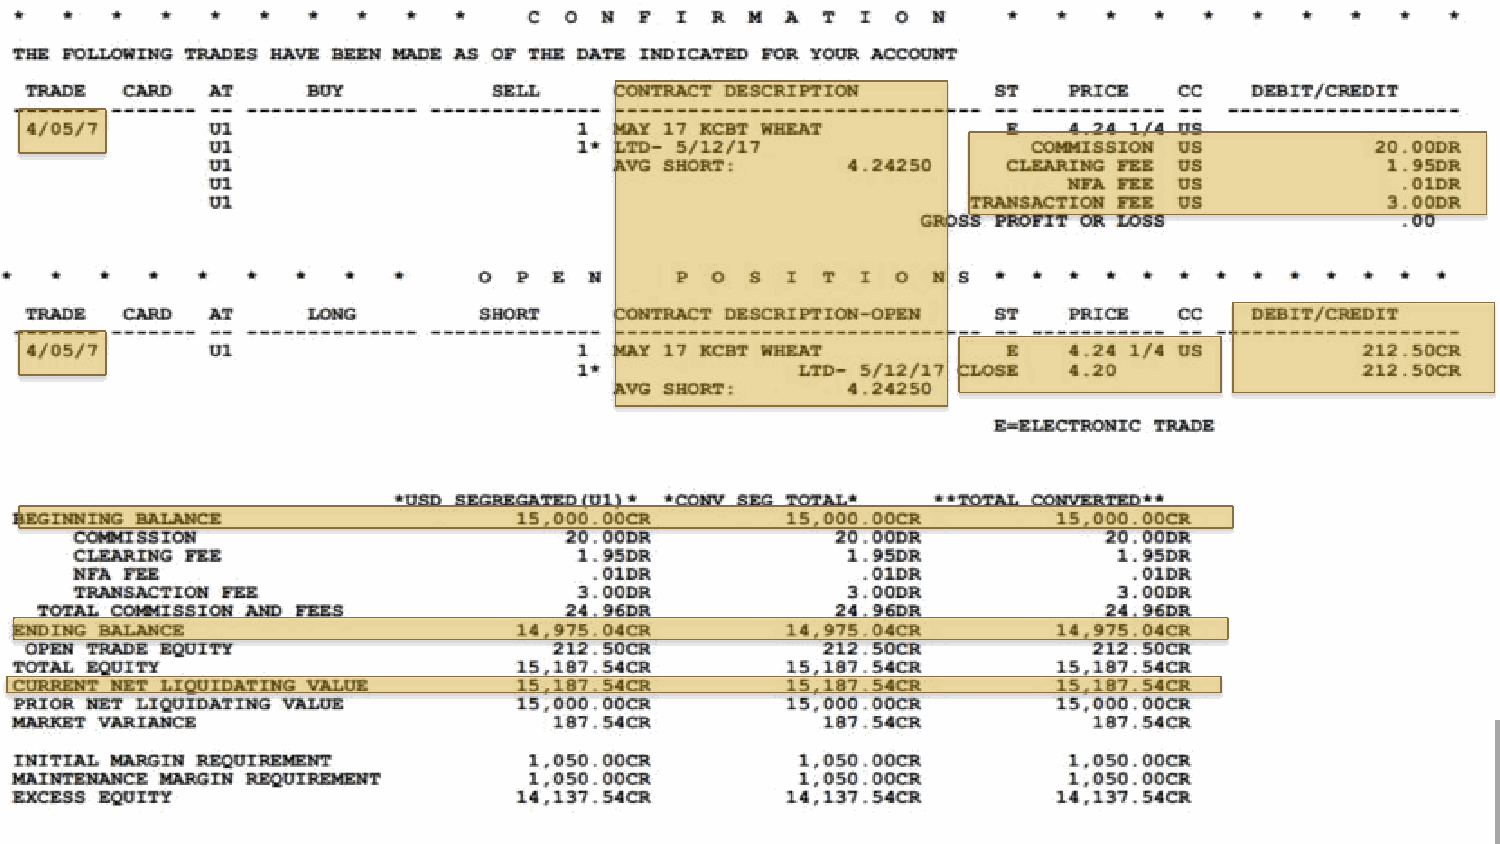
Session  2.1: Introduction  to Futures
 TRADING                TRANSACTIONS